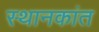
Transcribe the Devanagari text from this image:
स्थानकांत